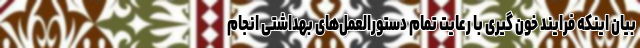
بیان اینکه فرایند خون گیری با رعایت تمام دستورالعمل‌های بهداشتی انجام